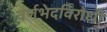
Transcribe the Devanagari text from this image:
वर्णभेदविरोधी